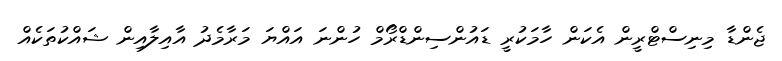
ޖެންޑާ މިނިސްޓްރީން އެކަން ހާމަކުރީ ޑައުންސިންޑްރޯމް ހުންނަ އައްޔަ މަރާމެދު އާއިލާއިން ޝައްކުތަކެއް